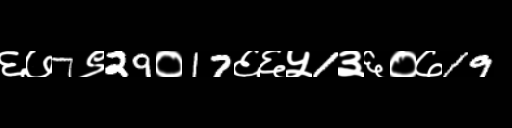
Text: ६७7९29०17६६५1३६०७19